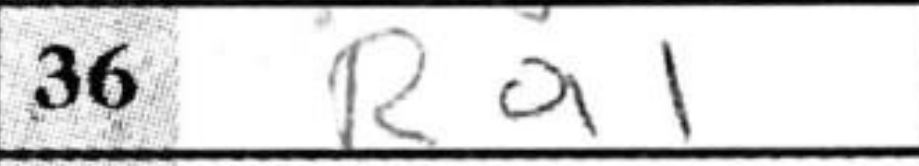
Transcription: Ra1